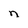
Character: n